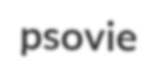
psovie